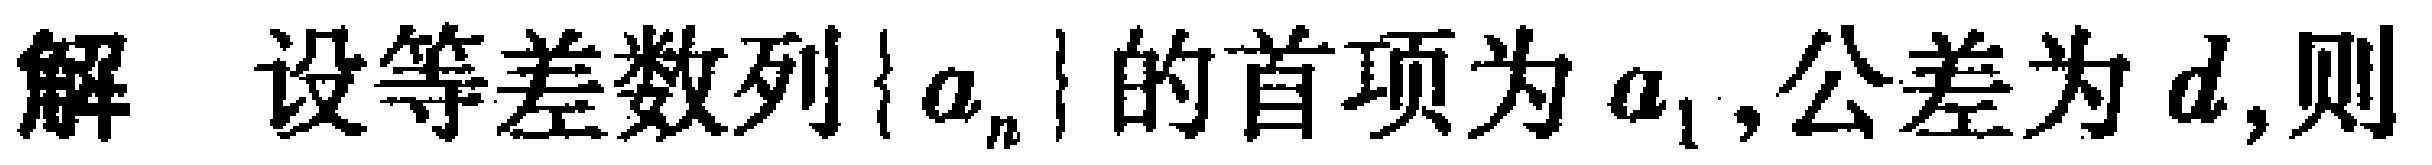
解 设等差数列\(\{a_{n}\}\)的首项为\(a_{1}\),公差为\(d\),则